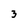
Character: 3